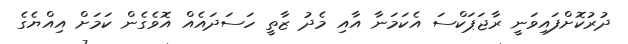
ދުުރުކޮށްފައިވަނީ ރާޖަޕަކްސަ އެކަމަނާ އާއި މެދު ޒާތީ ހަސަދައެއް އޮވެގެން ކަމަށް އިއްޔެގެ